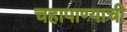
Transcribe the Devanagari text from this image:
चहापाण्याची